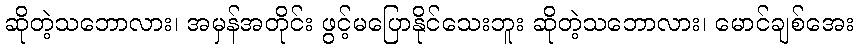
ဆိုတဲ့သဘောလား၊ အမှန်အတိုင်း ဖွင့်မပြောနိုင်သေးဘူး ဆိုတဲ့သဘောလား၊ မောင်ချစ်အေး